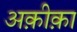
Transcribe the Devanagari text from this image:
अक़ीक़ा